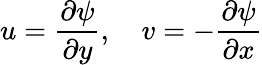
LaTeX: u=\frac{\partial\psi}{\partial y},\quad v=-\frac{\partial\psi}{\partial x}